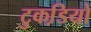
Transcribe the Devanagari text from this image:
टुकडि़यों